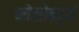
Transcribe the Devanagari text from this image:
कोलोहर्ट्ज